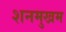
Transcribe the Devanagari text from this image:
शनमुखम